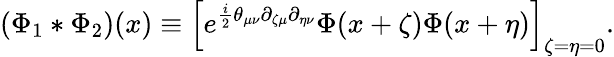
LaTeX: \left(\Phi_{1}*\Phi_{2}\right)(x)\equiv\left[e^{\frac{i}{2}\theta_{\mu\nu}\partial_{\zeta\mu}\partial_{\eta\nu}}\Phi(x+\zeta)\Phi(x+\eta)\right]_{\zeta=\eta=0}.